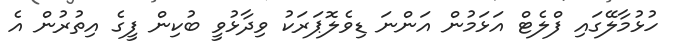
ހުޅުމާލޭގައި ފްލެޓް އަޅަމުން އަންނަ ޑިވެލޮޕަރަކު ވިދާޅުވީ ބުކިން ފީގެ އިތުރުން އެ